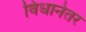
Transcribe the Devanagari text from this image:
विधानेतर